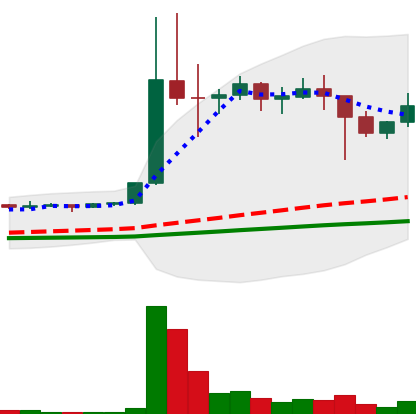
Ticker: DOGE-USD
Chart end date: 2021-01-14
Forward return: -3.182%
Label: down_3_5